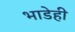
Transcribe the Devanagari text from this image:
भाडेही